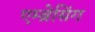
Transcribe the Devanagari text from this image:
एम्ब्रेसिंग